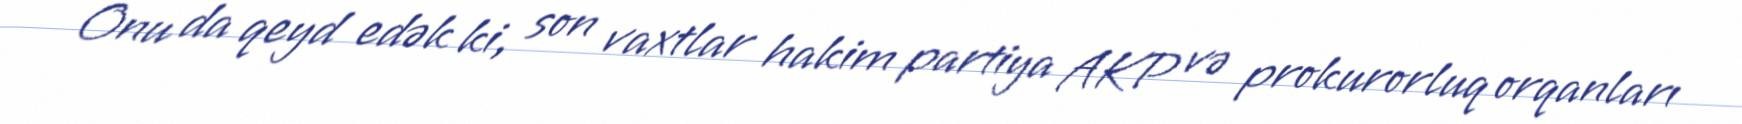
Onu da qeyd edək ki, son vaxtlar hakim partiya AKP və prokurorluq orqanları